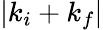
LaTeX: |k_{i}+k_{f}|